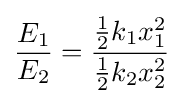
{\frac {E_{1}}{E_{2}}}={\frac {{\frac {1}{2}}k_{1}x_{1}^{2}}{{\frac {1}{2}}k_{2}x_{2}^{2}}}